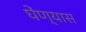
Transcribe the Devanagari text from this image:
घेंण्यास